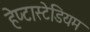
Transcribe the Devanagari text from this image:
हेप्टास्टेडियम